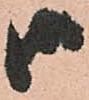
御